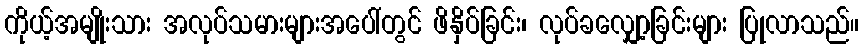
ကိုယ့်အမျိုးသား အလုပ်သမားများအပေါ်တွင် ဖိနှိပ်ခြင်း၊ လုပ်ခလျှော့ခြင်းများ ပြုလာသည်။